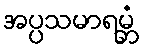
အပ္ပသမာရမ္ဘံ